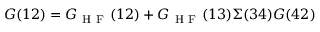
G ( 1 2 ) = G _ { \mathrm { ~ H ~ F ~ } } ( 1 2 ) + G _ { \mathrm { ~ H ~ F ~ } } ( 1 3 ) \Sigma ( 3 4 ) G ( 4 2 )